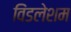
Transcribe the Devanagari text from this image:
विंडलेशम